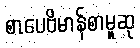
စာပေဗိမာန်စာမူဆု